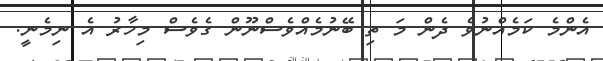
އެންމެ ކަމެއްނުވެ ދެން މަ ތި ބޭނުމެއްވެސްނޫން ގެވެސް މިހާރު އެ ނިމެނީ.